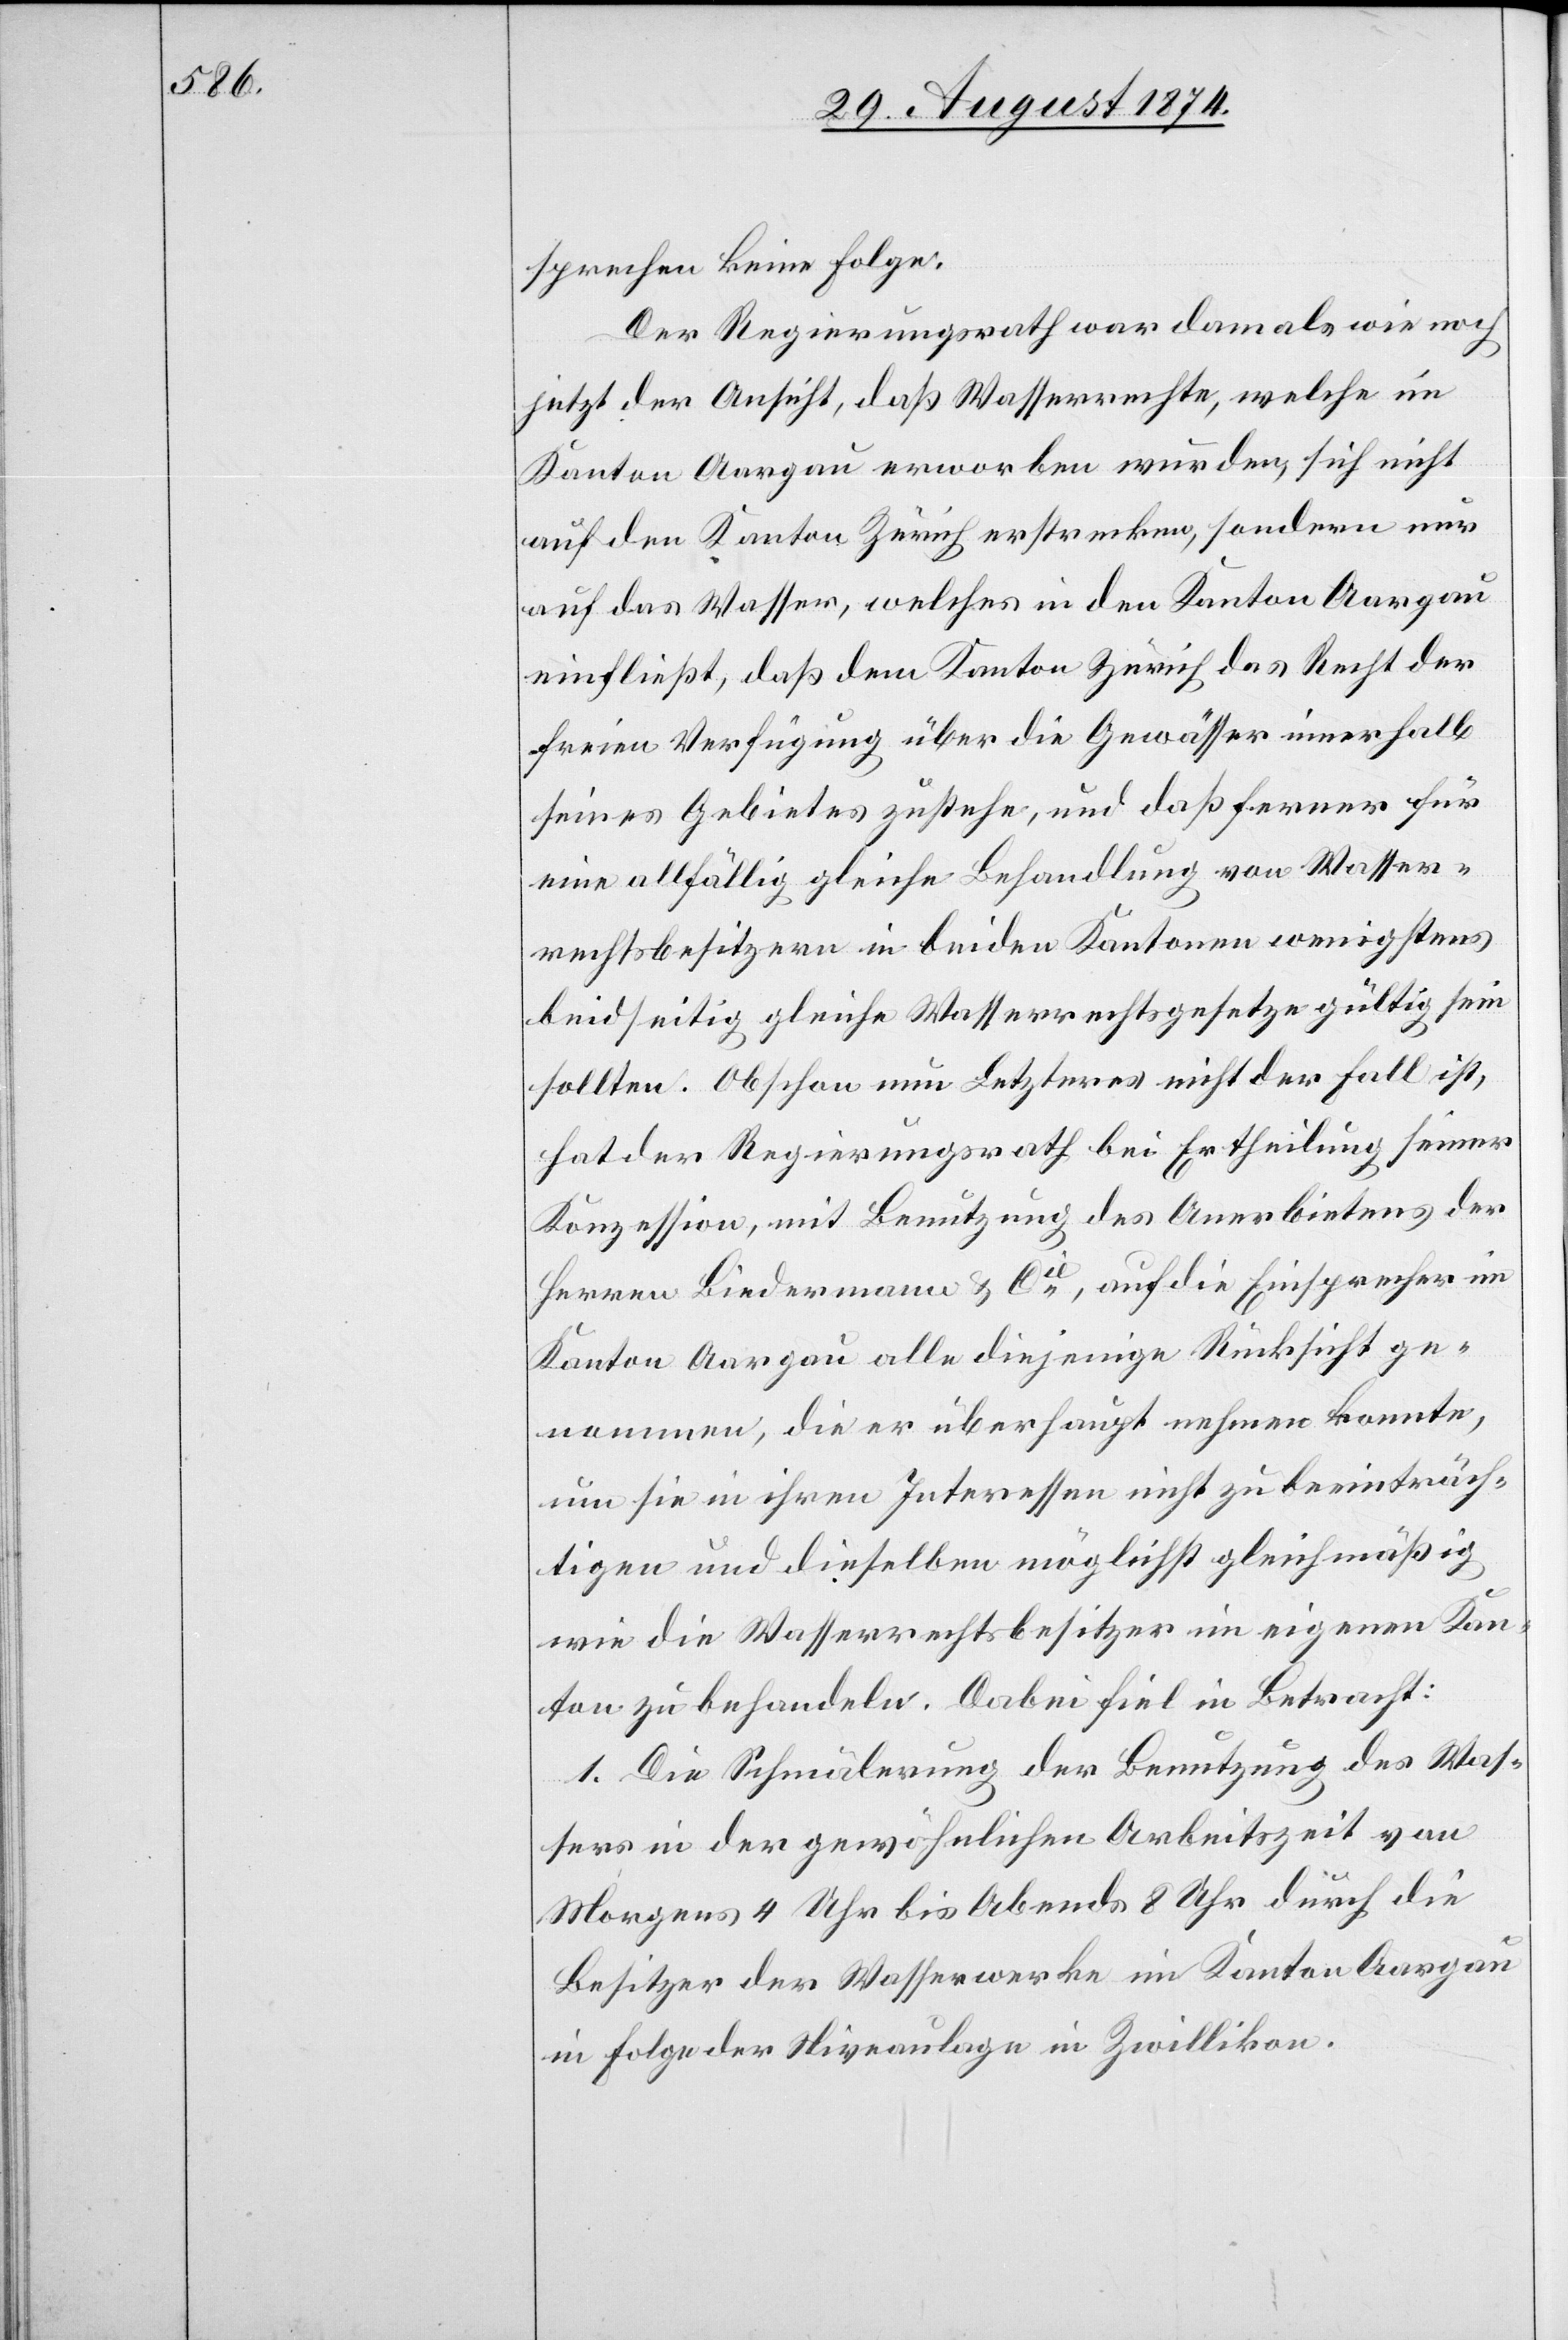
sprechen keine Folge.
Der Regierungsrath war damals wie noch
jetzt der Ansicht, daß Wasserrechte, welche im
Kanton Aargau erworben wurden, sich nicht
auf den Kanton Zürich erstrecken, sondern nur
auf das Wasser, welches in den Kanton Aargau
einfließt, daß dem Kanton Zürich das Recht der
freien Verfügung über die Gewässer innerhalb
seines Gebietes zustehe, und daß ferner für
eine allfällig gleiche Behandlung von Wasser¬
rechtsbesitzern in beiden Kantonen wenigstens
beidseitige gleiche Wasserrechtsgesetze gültig sein
sollten. Obschon nun Letzteres nicht der Fall ist,
hat der Regierungsrath bei Ertheilung seiner
Konzession, mit Benutzung des Anerbietens der
Herren Biedermann u. Cie, auf die Einsprecher im
Kanton Aargau alle diejenige Rücksicht ge¬
nommen, die er überhaupt nehmen konnte,
um sie in ihren Interessen nicht zu beeinträch¬
tigen und dieselben möglichst gleichmäßig
wie die Wasserrechtsbesitzer im eigenen Kan¬
ton zu behandeln. Dabei fiel in Betracht:
1. Die Schmälerung der Benutzung des Was¬
sers in der gewöhnlichen Arbeitszeit von
Morgens 4 Uhr bis Abends 8 Uhr durch die
Besitzer der Wasserwerke im Kanton Aargau
in Folge der Niveaulage in Zwillikon.